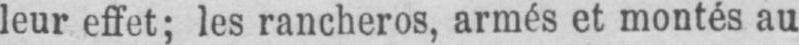
leur effet; les rancheros, armés et montés au